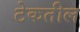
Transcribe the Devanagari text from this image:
टेकतील